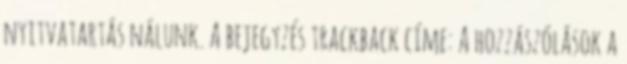
nyitvatartás nálunk. A bejegyzés trackback címe: A hozzászólások a